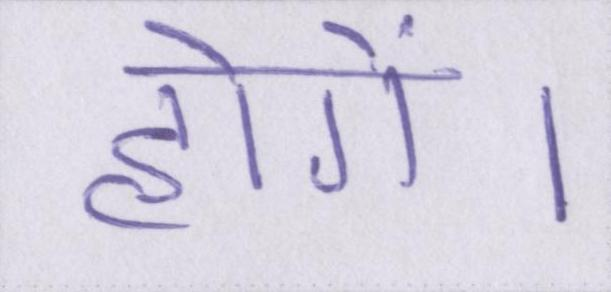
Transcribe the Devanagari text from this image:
होगें।